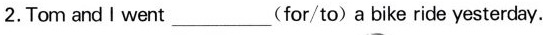
2.Tom and I went____(for/to)a bike ride yesterday.